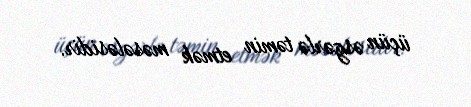
üçün əsgərlə təmin etmək məsələsidir.